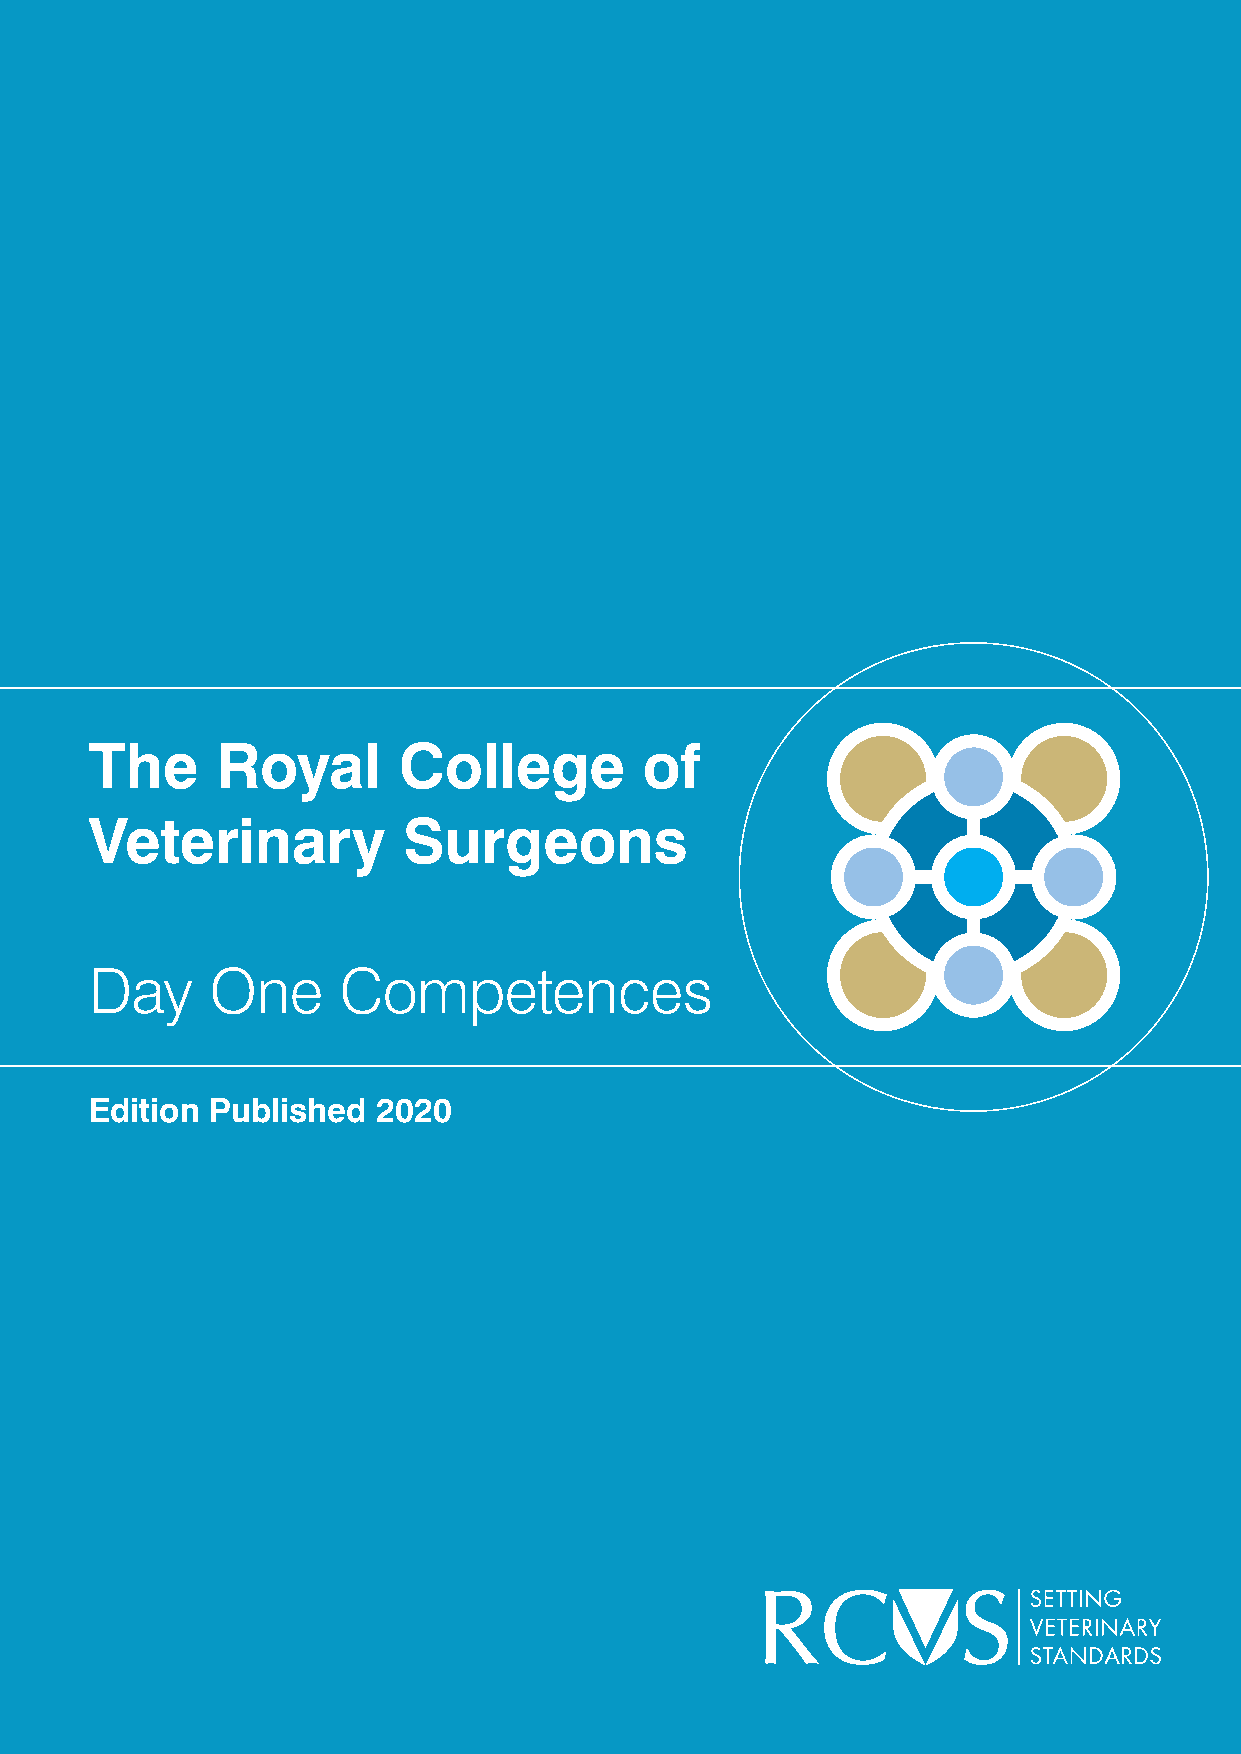
The     Royal       College          of
 Veterinary           Surgeons
 Day     One     Competences
 Edition Published  2020
 www.rcvs.org.uk | Day One Competences                                  1